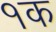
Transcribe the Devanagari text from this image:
१क